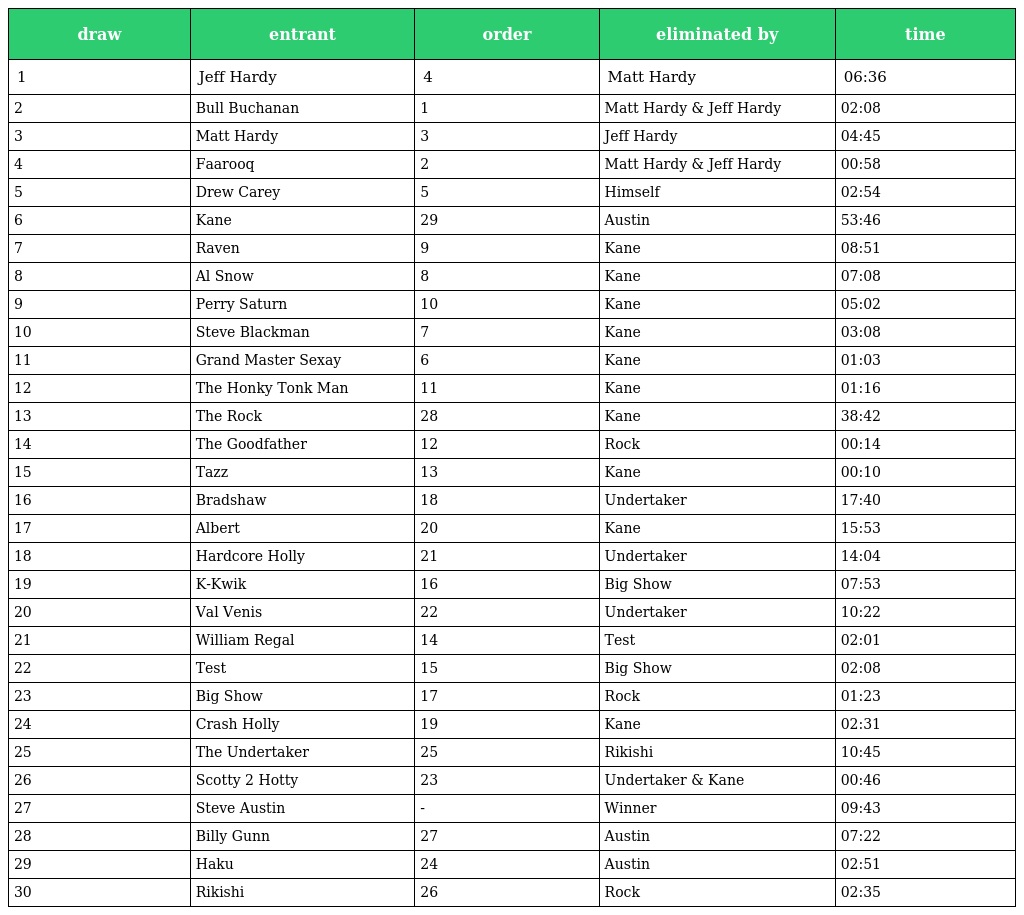
| draw | entrant | order | eliminated by | time |
 | --- | --- | --- | --- | --- |
 | 1 | Jeff Hardy | 4 | Matt Hardy | 06:36 |
 | 2 | Bull Buchanan | 1 | Matt Hardy & Jeff Hardy | 02:08 |
 | 3 | Matt Hardy | 3 | Jeff Hardy | 04:45 |
 | 4 | Faarooq | 2 | Matt Hardy & Jeff Hardy | 00:58 |
 | 5 | Drew Carey | 5 | Himself | 02:54 |
 | 6 | Kane | 29 | Austin | 53:46 |
 | 7 | Raven | 9 | Kane | 08:51 |
 | 8 | Al Snow | 8 | Kane | 07:08 |
 | 9 | Perry Saturn | 10 | Kane | 05:02 |
 | 10 | Steve Blackman | 7 | Kane | 03:08 |
 | 11 | Grand Master Sexay | 6 | Kane | 01:03 |
 | 12 | The Honky Tonk Man | 11 | Kane | 01:16 |
 | 13 | The Rock | 28 | Kane | 38:42 |
 | 14 | The Goodfather | 12 | Rock | 00:14 |
 | 15 | Tazz | 13 | Kane | 00:10 |
 | 16 | Bradshaw | 18 | Undertaker | 17:40 |
 | 17 | Albert | 20 | Kane | 15:53 |
 | 18 | Hardcore Holly | 21 | Undertaker | 14:04 |
 | 19 | K-Kwik | 16 | Big Show | 07:53 |
 | 20 | Val Venis | 22 | Undertaker | 10:22 |
 | 21 | William Regal | 14 | Test | 02:01 |
 | 22 | Test | 15 | Big Show | 02:08 |
 | 23 | Big Show | 17 | Rock | 01:23 |
 | 24 | Crash Holly | 19 | Kane | 02:31 |
 | 25 | The Undertaker | 25 | Rikishi | 10:45 |
 | 26 | Scotty 2 Hotty | 23 | Undertaker & Kane | 00:46 |
 | 27 | Steve Austin | - | Winner | 09:43 |
 | 28 | Billy Gunn | 27 | Austin | 07:22 |
 | 29 | Haku | 24 | Austin | 02:51 |
 | 30 | Rikishi | 26 | Rock | 02:35 |